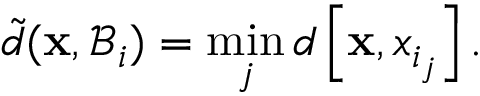
\tilde { d } ( \mathbf { x } , \mathcal { B } _ { i } ) = \operatorname* { m i n } _ { j } d \left[ \mathbf { x } , x _ { i _ { j } } \right] .